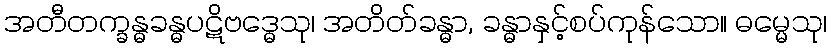
အတီတက္ခန္ဓခန္ဓပဋိဗဒ္ဓေသု၊ အတိတ်ခန္ဓာ, ခန္ဓာနှင့်စပ်ကုန်သော။ ဓမ္မေသု၊